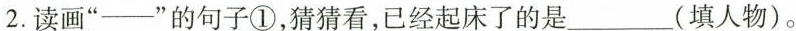
2.读画“——”的句子①，猜猜看，已经起床了的是___(填人物)。